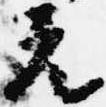
元